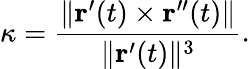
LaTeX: \kappa={\frac{\| \mathbf{r}^{\prime}(t)\times\mathbf{r}^{\prime\prime}(t)\| }{\| \mathbf{r}^{\prime}(t)\| ^{3}}}.